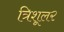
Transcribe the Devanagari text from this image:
त्रिशूल२